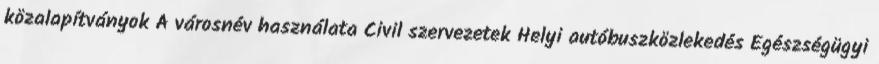
közalapítványok A városnév használata Civil szervezetek Helyi autóbuszközlekedés Egészségügyi